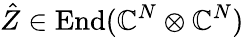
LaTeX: \hat{Z}\in\operatorname{End}(\mathbb{C}^{N}\otimes\mathbb{C}^{N})